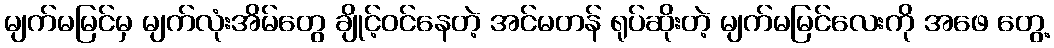
မျက်မမြင်မှ မျက်လုံးအိမ်တွေ ချိုင့်ဝင်နေတဲ့ အင်မတန် ရုပ်ဆိုးတဲ့ မျက်မမြင်လေးကို အဖေ တွေ့